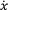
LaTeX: \scriptstyle { \dot { \boldsymbol { x } } }